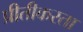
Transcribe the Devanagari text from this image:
प्रीतीकरता